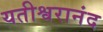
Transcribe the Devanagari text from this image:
यतीश्वरानंद